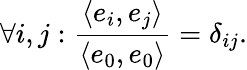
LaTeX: \forall i,j:\frac{\langle e_{i},e_{j}\rangle}{\langle e_{0},e_{0}\rangle}=\delta_{ij}.